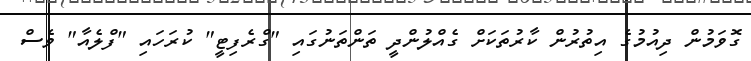
ގޮވަމުން ދިއުމުގެ އިތުރުން ކާރުތަކަށް ގެއްލުންދީ ތަންތަނުގައި "ގްރެފިޓީ" ކުރަހައި "ފްލެއާ" ވެސް